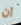
ان